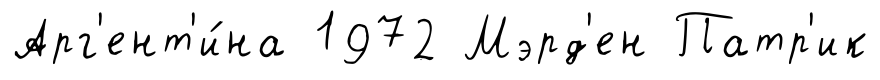
Арг'ент'и́на 1972 Мэрд'ен Патр'ик